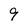
Character: 9